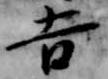
吉